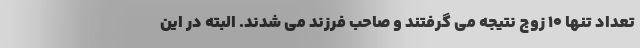
تعداد تنها ۱۰ زوج نتیجه می گرفتند و صاحب فرزند می شدند. البته در این